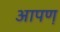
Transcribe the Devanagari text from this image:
आपण़